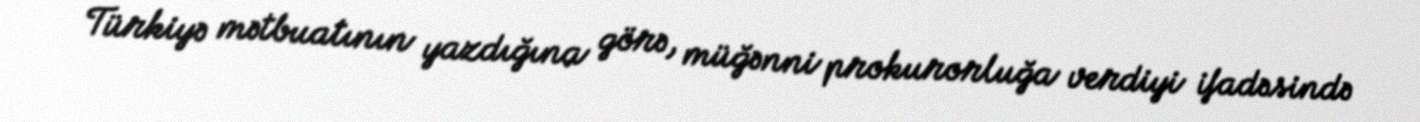
Türkiyə mətbuatının yazdığına görə, müğənni prokurorluğa verdiyi ifadəsində